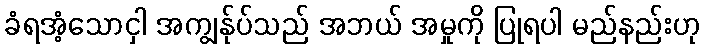
ခံရအံ့သောငှါ အကျွန်ုပ်သည် အဘယ် အမှုကို ပြုရပါ မည်နည်းဟု